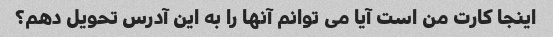
اینجا کارت من است آیا می توانم آنها را به این آدرس تحویل دهم؟